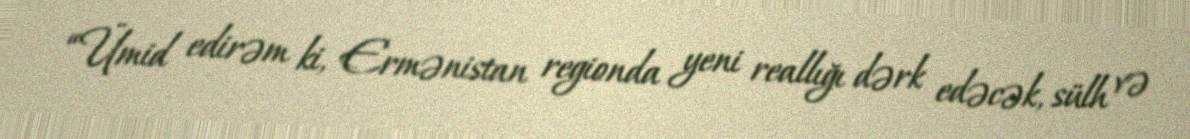
“Ümid edirəm ki, Ermənistan regionda yeni reallığı dərk edəcək, sülh və